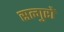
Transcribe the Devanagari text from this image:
सत्गुरों